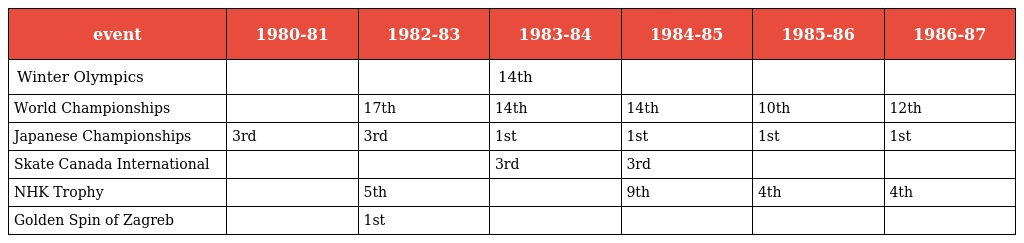
| event | 1980-81 | 1982-83 | 1983-84 | 1984-85 | 1985-86 | 1986-87 |
 | --- | --- | --- | --- | --- | --- | --- |
 | Winter Olympics |  |  | 14th |  |  |  |
 | World Championships |  | 17th | 14th | 14th | 10th | 12th |
 | Japanese Championships | 3rd | 3rd | 1st | 1st | 1st | 1st |
 | Skate Canada International |  |  | 3rd | 3rd |  |  |
 | NHK Trophy |  | 5th |  | 9th | 4th | 4th |
 | Golden Spin of Zagreb |  | 1st |  |  |  |  |